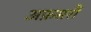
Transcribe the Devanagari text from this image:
अफ़सरौं